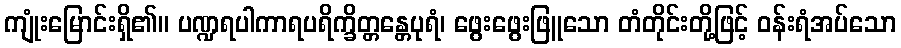
ကျုံးမြောင်းရှိ၏။ ပဏ္ဍရပါကာရပရိက္ခိတ္တန္တေပုရံ၊ ဖွေးဖွေးဖြူသော တံတိုင်းတို့ဖြင့် ဝန်းရံအပ်သော